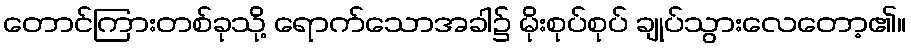
တောင်ကြားတစ်ခုသို့ ရောက်သောအခါ၌ မိုးစုပ်စုပ် ချုပ်သွားလေတော့၏။